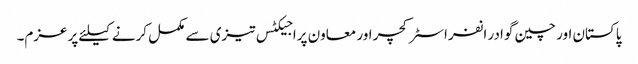
پاکستان اور چین گوادر انفراسٹرکچر اور معاون پراجیکٹس تیزی سے مکمل کرنے کیلئے پرعزم۔